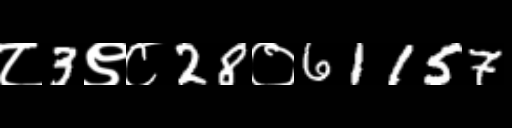
Text: ८3९८28०61157